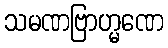
သမဏဗြာဟ္မဏေ